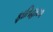
ફાતિહા૦૨